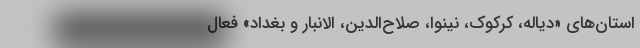
استان‌های «دیاله، کرکوک، نینوا، صلاح‌الدین، الانبار و بغداد» فعال